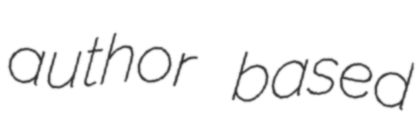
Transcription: author based